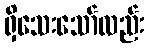
ရှိသေးသော်လည်း